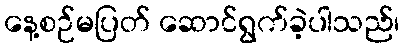
နေ့စဉ်မပြတ် ဆောင်ရွက်ခဲ့ပါသည်၊